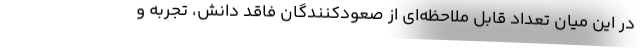
در این میان تعداد قابل ملاحظه‌ای از صعودکنندگان فاقد دانش، تجربه و